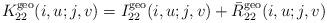
LaTeX: \begin{align*}K^{\rm geo}_{22}(i, u;j,v) = I^{\rm geo}_{22}(i, u;j,v)+ \bar{R}^{\rm geo}_{22}(i, u;j,v)\end{align*}